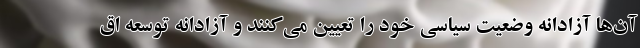
آن‌ها آزادانه وضعیت سیاسی خود را تعیین می‌کنند و آزادانه توسعه اق